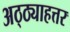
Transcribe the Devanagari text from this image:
अठ्ठ्याहत्तर